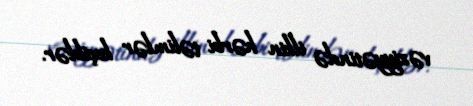
vəziyyətində ilkin hərbi təlimlər keçiblər.